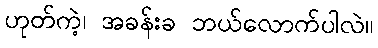
ဟုတ်ကဲ့၊ အခန်းခ ဘယ်လောက်ပါလဲ။